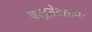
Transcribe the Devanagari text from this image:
बलूतेदाराना